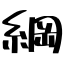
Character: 綱